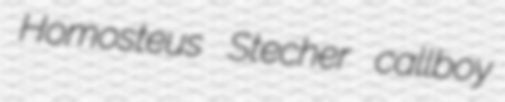
Homosteus Stecher callboy